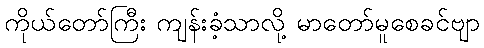
ကိုယ်တော်ကြီး ကျန်းခံ့သာလို့ မာတော်မူစေခင်ဗျာ